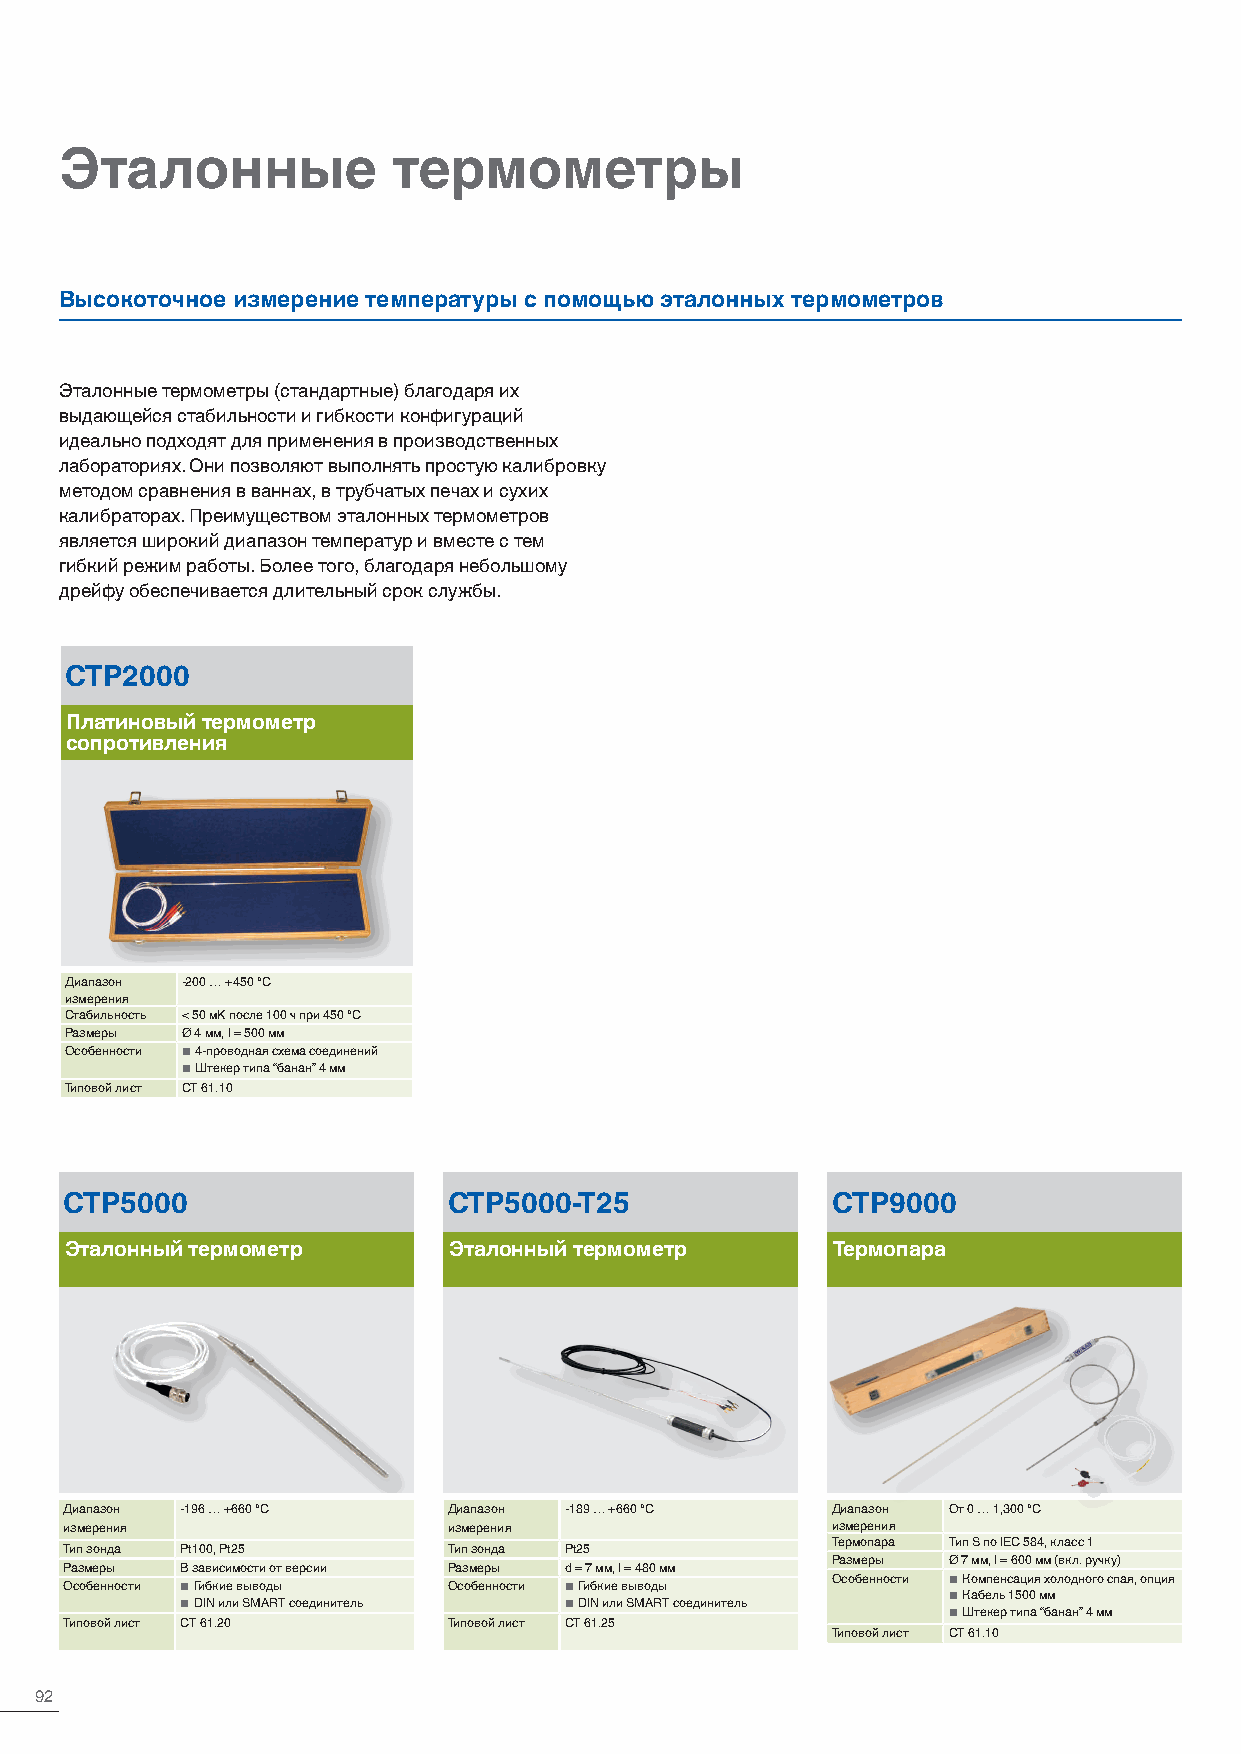
Эталонные             термометры
 Высокоточное измерение температуры с помощью эталонных термометров
 Эталонные термометры (стандартные) благодаря их
 выдающейся стабильности и гибкости конфигураций
 идеально подходят для применения в производственных
 лабораториях. Они позволяют выполнять простую калибровку
 методом сравнения в ваннах, в трубчатых печах и сухих
 калибраторах. Преимуществом эталонных термометров
 является широкий диапазон температур и вместе с тем
 гибкий режим работы. Более того, благодаря небольшому
 дрейфу обеспечивается длительный срок службы.
 CTP2000
 Платиновый термометр
 сопротивления
 Диапазон -200 … +450 °C
 измерения
 Стабильность < 50 мK после 100 ч при 450 °C
 Размеры Ø 4 мм, l = 500 мм
 Особенности ■ 4-проводная схема соединений
 ■ Штекер типа “банан” 4 мм
 Типовой лист CT 61.10
 CTP5000                   CTP5000-T25              CTP9000
 Эталонный термометр       Эталонный термометр      Термопара
 Диапазон -196 … +660 °C   Диапазон -189 … +660 °C  Диапазон От 0 … 1,300 °C
 измерения                 измерения                измерения
 Термопара Тип S по IEC 584, класс 1
 Тип зонда Pt100, Pt25     Тип зонда Pt25
 Размеры Ø 7 мм, l = 600 мм (вкл. ручку)
 Размеры В зависимости от версии Размеры d = 7 мм, l = 480 мм
 Особенности ■ Компенсация холодного спая, опция
 Особенности ■ Гибкие выводы Особенности ■ Гибкие выводы
 ■ Кабель 1500 мм
 ■ DIN или SMART соединитель ■ DIN или SMART соединитель
 ■ Штекер типа “банан” 4 мм
 Типовой лист CT 61.20     Типовой лист CT 61.25
 Типовой лист CT 61.10
 92